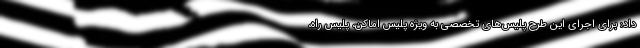
داد: برای اجرای این طرح پلیس‌های تخصصی به ویژه پلیس اماکن، پلیس راه،